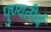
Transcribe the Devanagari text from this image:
पुण्यतीर्थ